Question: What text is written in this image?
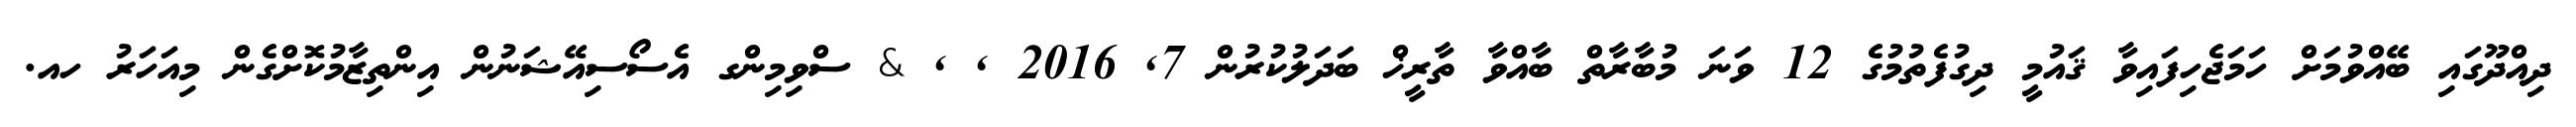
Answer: ދިއްދޫގައި ބޭއްވުމަށް ހަމަޖެހިފައިވާ ޤައުމީ ދިގުފެތުމުގެ 12 ވަނަ މުބާރާތް ބާއްވާ ތާރީޚް ބަދަލުކުރުން 7, 2016 , , & ސްވިމިންގ އެސޯސިއޭޝަނުން އިންތިޒާމުކޮށްގެން މިއަހަރު ހއ.